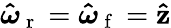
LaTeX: \boldsymbol{\hat{\omega}}_{\mathrm{~r~}}=\boldsymbol{\hat{\omega}}_{\mathrm{~f~}}=\mathbf{\hat{z}}